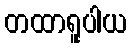
တထာရူပါယ